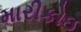
મારીકોઇ